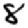
Digit: 8